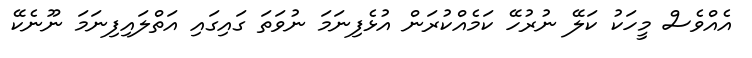
އެއްވެސް މީހަކު ކަލޭ ނުރުހޭ ކަމެއްކުރަން އުޅެފިނަމަ ނުވަތަ ގައިގައި އަތްލައިފިނަމަ ނޫނެކޭ